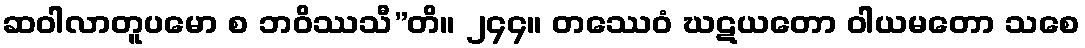
ဆဝါလာတူပမော စ ဘဝိဿသီ”တိ။ ၂၄၄။ တဿေဝံ ဃဋယတော ဝါယမတော သစေ